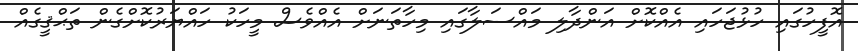
އޮފީހުގައި ހުޅުޖަހައި އެއްކޮށް އަންދާލި މައްސަލާގައި މިހާތަނަށް އެއްވެސް މީހަކު ހައްޔަރުކޮށްގެން ތަޙްޤީގެއް